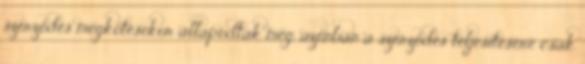
szerződés megkötésekor állapodtak meg, azonban a szerződés teljesítésére csak